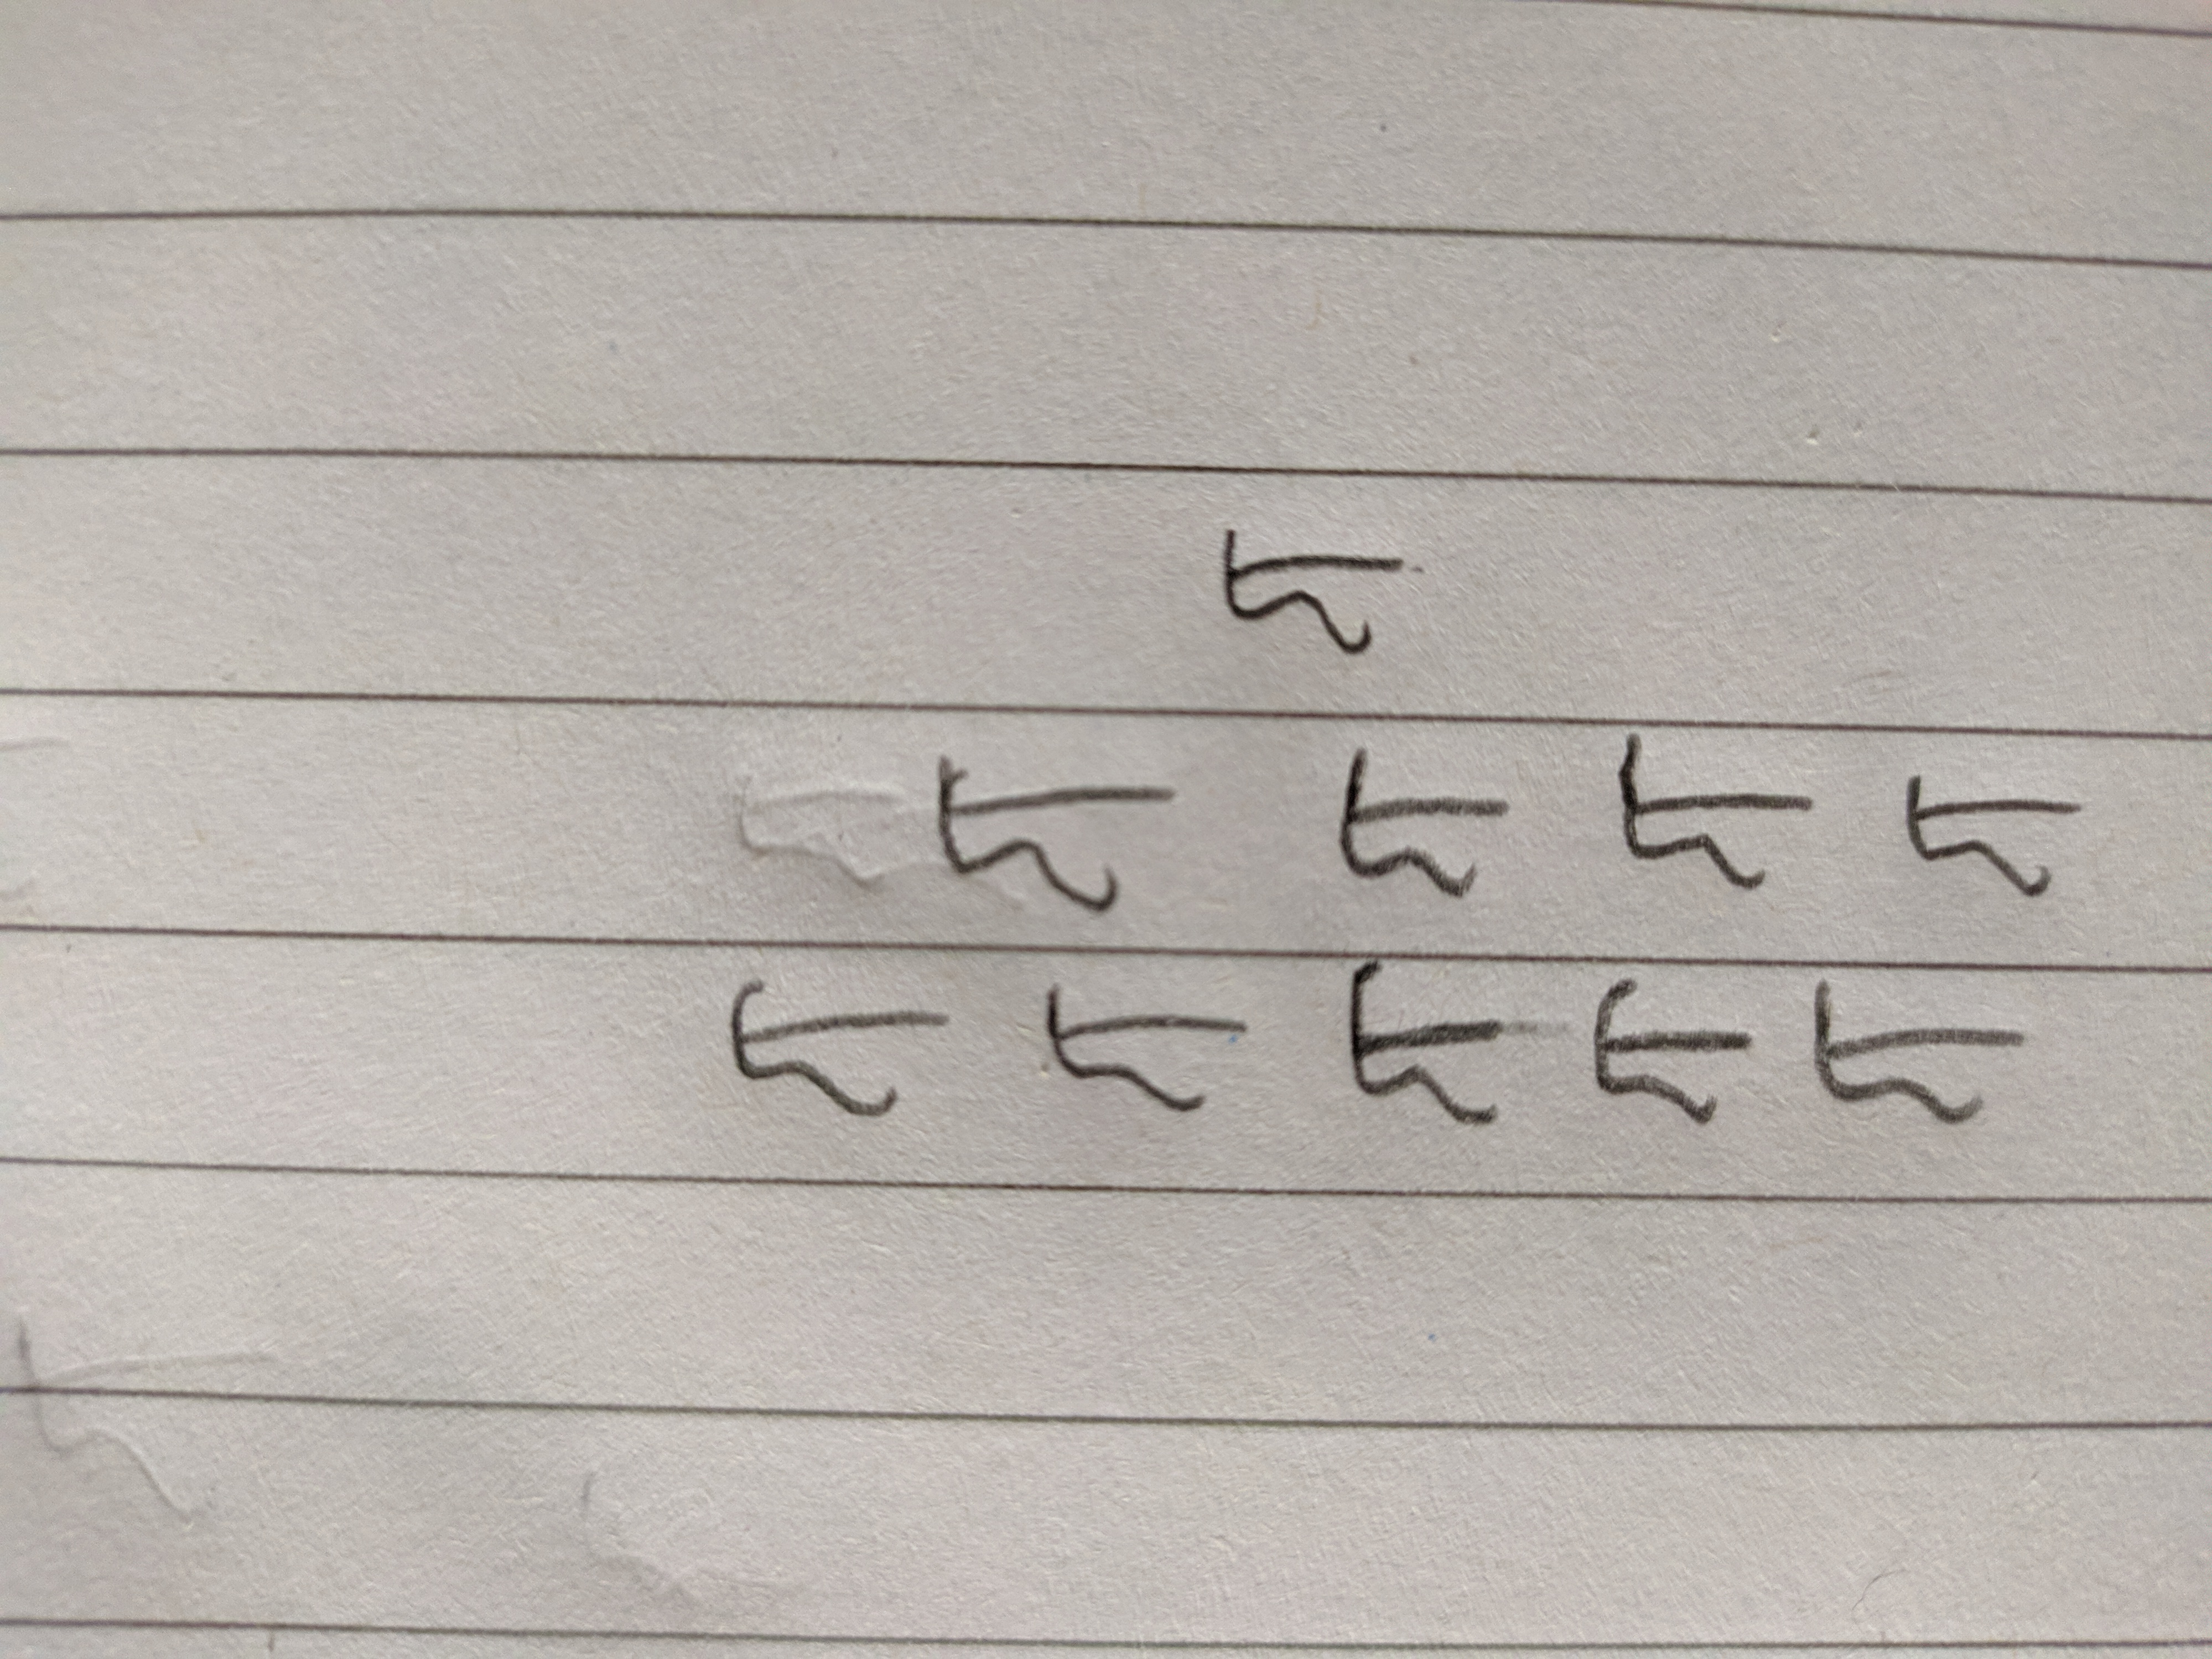
Signature authenticity: forged